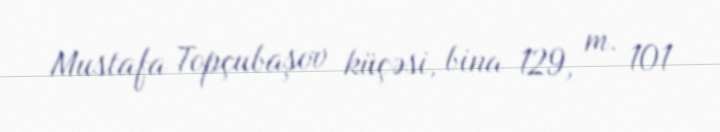
Mustafa Topçubaşov küçəsi, bina 129, m. 101